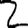
Digit: 2